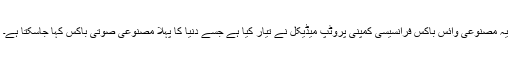
یہ مصنوعی وائس باکس فرانسیسی کمپنی پروٹِپ میڈیکل نے تیار کیا ہے جسے دنیا کا پہلا مصنوعی صوتی باکس کہا جاسکتا ہے۔